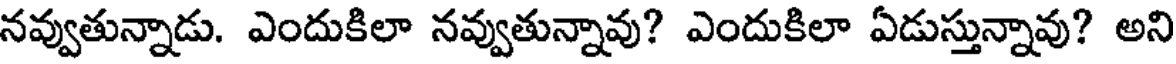
నవ్వుతున్నాడు. ఎందుకిలా నవ్వుతున్నావు? ఎందుకిలా ఏడుస్తున్నావు? అని